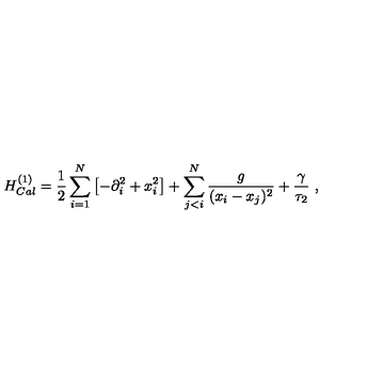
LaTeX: H _ { C a l } ^ { ( 1 ) } = { \frac { 1 } { 2 } } \sum _ { i = 1 } ^ { N } \left[ - \partial _ { i } ^ { 2 } + x _ { i } ^ { 2 } \right] + \sum _ { j < i } ^ { N } \frac g { ( x _ { i } - x _ { j } ) ^ { 2 } } + \frac { \gamma } { \tau _ { 2 } } \ ,